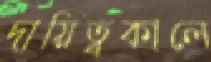
দায়িত্বকালে